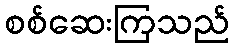
စစ်ဆေးကြသည်